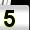
Digit: 5